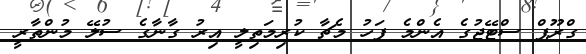
ގްރޫޕް ސްޓޭޖުގެ އެންމެ ފަހު މެޗާ ކުރިމަތިލީ އިރު ގާނާގެ ސުލޭ މުންތާރީ